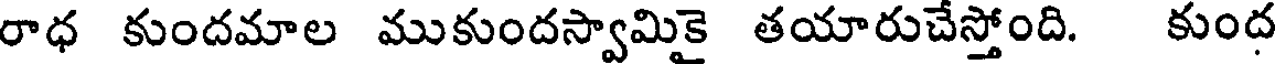
రాధ కుందమాల ముకుందస్వామికై తయారుచేస్తోంది. కుంద